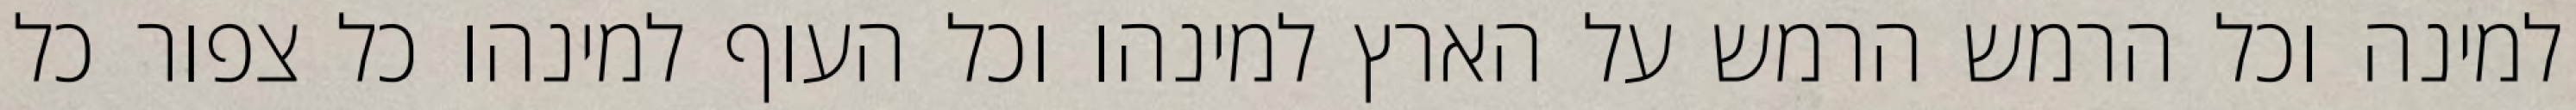
למינה וכל הרמש הרמש על הארץ למינהו וכל העוף למינהו כל צפור כל